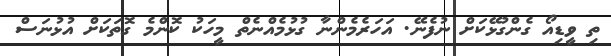
ތި ވީޑިއޯ ގެންގުޅޭކަށް ނުފެނޭ. އަހަރެމެންނާ ގުޅުމެއްނެތް މީހަކު ކޮންމެ ގޮތަކަށް އުޅުނަސް